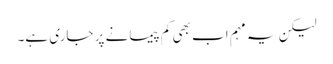
لیکن یہ مہم اب بھی کم پیمانے پر جاری ہے۔